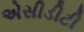
એસીડીટી